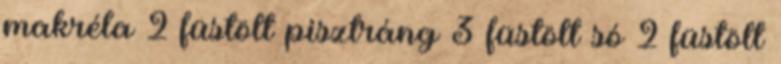
makréla 2 füstölt pisztráng 3 füstölt só 2 füstölt